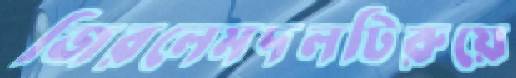
জিরলেমদলটিরুয়ে